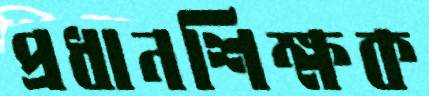
প্রধানশিক্ষক